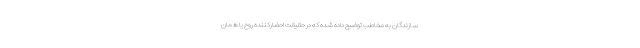
سازندگان به مخاطب توضیح داده شده که در حقیقت احضارکننده روح یا همان